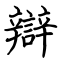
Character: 辯